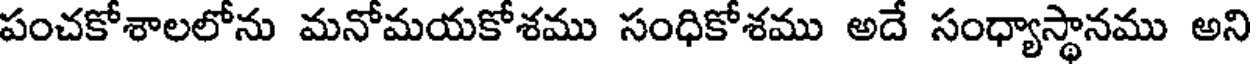
పంచకోశాలలోను మనోమయకోశము సంధికోశము అదే సంధ్యాస్థానము అని